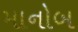
માનોબ